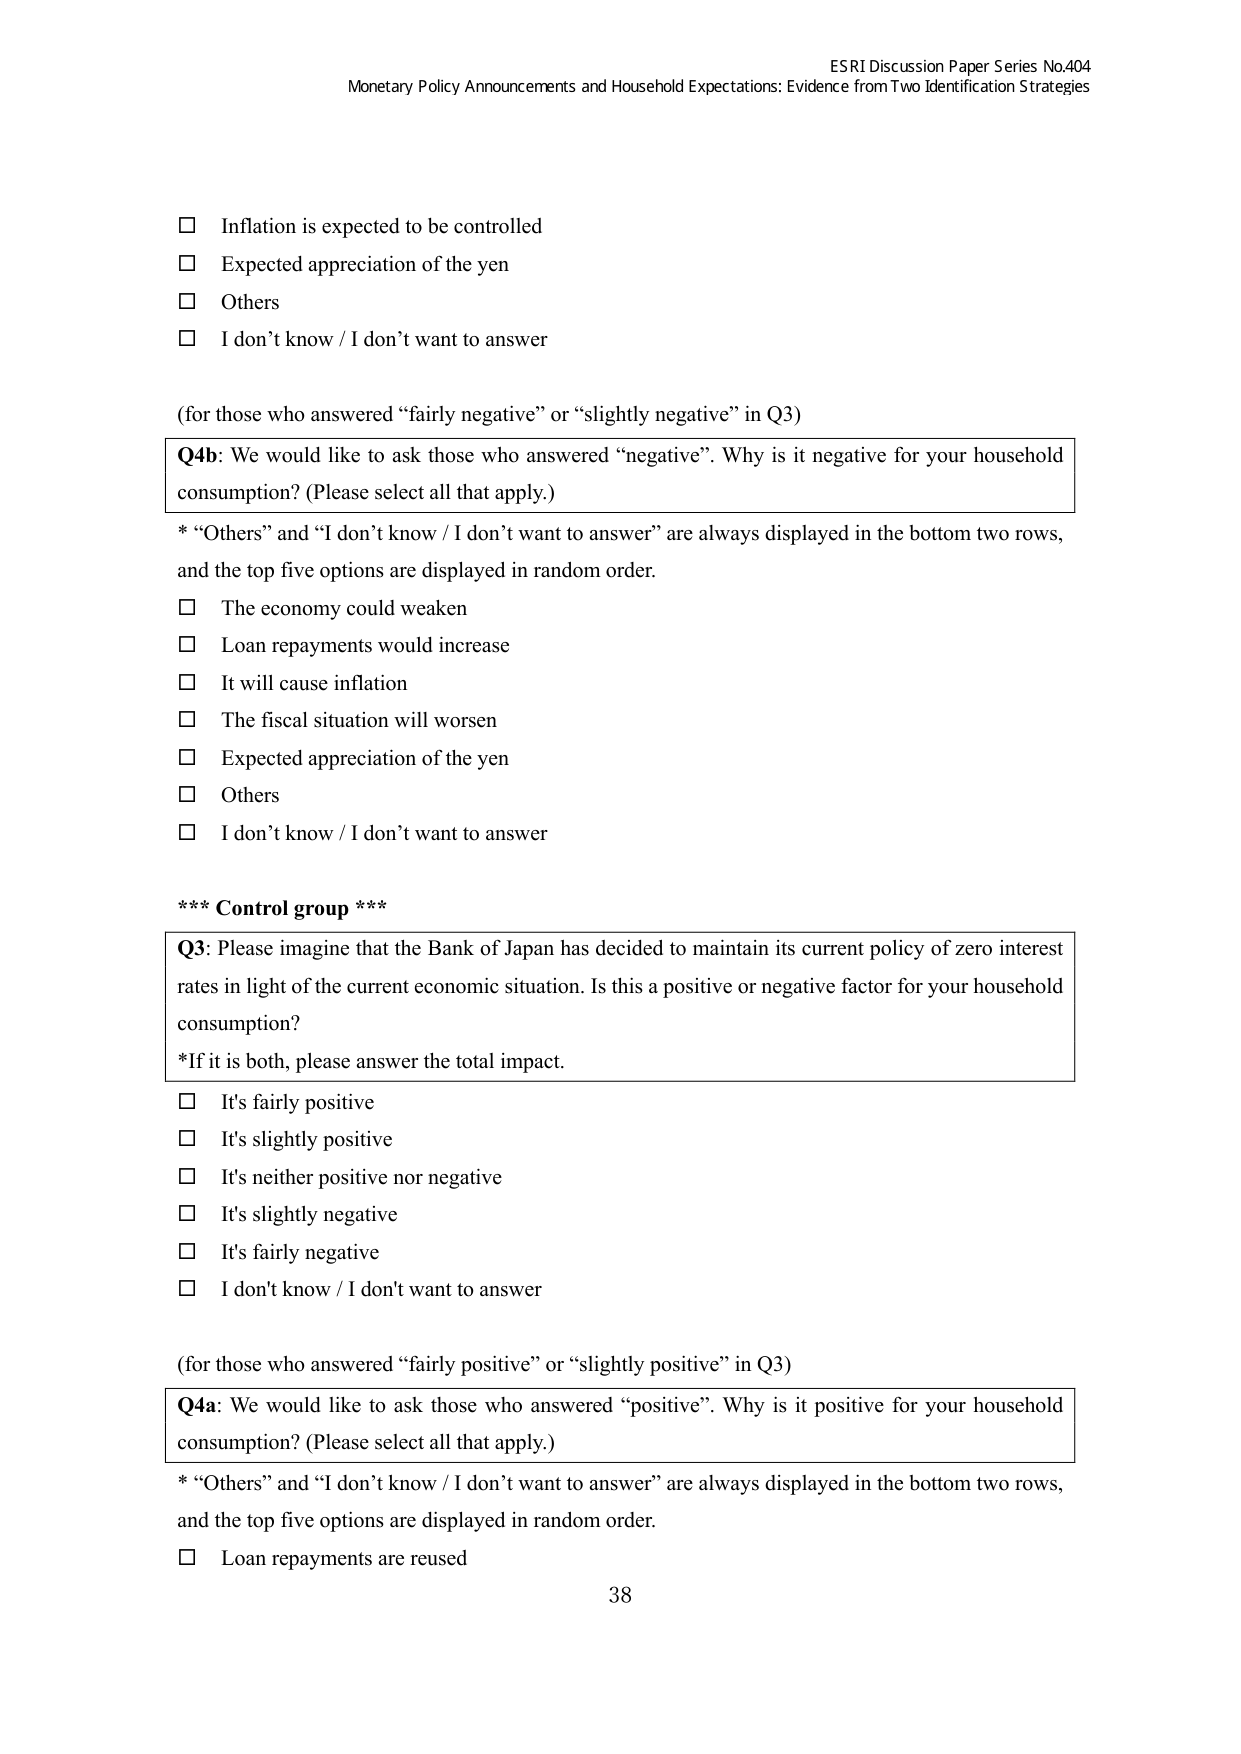
ESRI Discussion Paper Series No.404
Monetary Policy Announcements and Household Expectations: Evidence from Two Identification Strategies

□ Inflation is expected to be controlled
□ Expected appreciation of the yen
□ Others
□ I don’t know / I don’t want to answer

(for those who answered “fairly negative” or “slightly negative” in Q3)

Q4b: We would like to ask those who answered “negative”. Why is it negative for your household consumption? (Please select all that apply.)

* “Others” and “I don’t know / I don’t want to answer” are always displayed in the bottom two rows, and the top five options are displayed in random order.
□ The economy could weaken
□ Loan repayments would increase
□ It will cause inflation
□ The fiscal situation will worsen
□ Expected appreciation of the yen
□ Others
□ I don’t know / I don’t want to answer

*** Control group ***

Q3: Please imagine that the Bank of Japan has decided to maintain its current policy of zero interest rates in light of the current economic situation. Is this a positive or negative factor for your household consumption?
*If it is both, please answer the total impact.

□ It’s fairly positive
□ It’s slightly positive
□ It’s neither positive nor negative
□ It’s slightly negative
□ It’s fairly negative
□ I don’t know / I don’t want to answer

(for those who answered “fairly positive” or “slightly positive” in Q3)

Q4a: We would like to ask those who answered “positive”. Why is it positive for your household consumption? (Please select all that apply.)

* “Others” and “I don’t know / I don’t want to answer” are always displayed in the bottom two rows, and the top five options are displayed in random order.
□ Loan repayments are reused

38